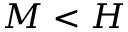
M < H